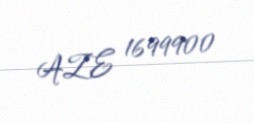
AZE 1699900